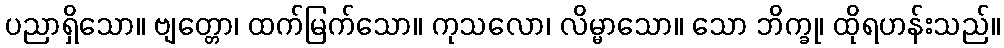
ပညာရှိသော။ ဗျတ္တော၊ ထက်မြက်သော။ ကုသလော၊ လိမ္မာသော။ သော ဘိက္ခု၊ ထိုရဟန်းသည်။